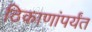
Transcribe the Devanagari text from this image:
ठिकाणांपर्यंत